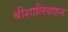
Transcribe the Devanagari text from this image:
श्रीशालिवाहन